Civil Veterinary Department ledger series I-VI
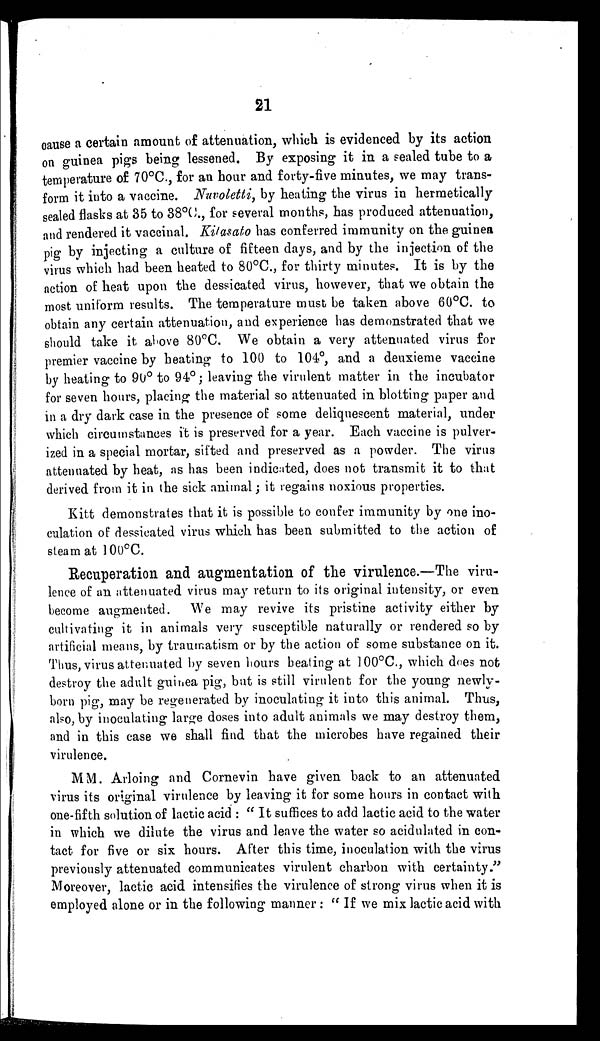
21
cause a certain amount of attenuation, which is evidenced by its action
on guinea pigs being lessened. By exposing it in a sealed tube to a
temperature of 70°C., for an hour and forty-five minutes, we may trans-
form it into a vaccine. Nuvoletti, by heating the virus in hermetically
sealed flasks at 35 to 38°C., for several months, has produced attenuation,
and rendered it vaccinal. Kitasato has conferred immunity on the guinea
pig by injecting a culture of fifteen days, and by the injection of the
virus which had been heated to 80°C., for thirty minutes. It is by the
action of heat upon the dessicated virus, however, that we obtain the
most uniform results. The temperature must be taken above 60°C. to
obtain any certain attenuation, and experience has demonstrated that we
should take it above 80°C. We obtain a very attenuated virus for
premier vaccine by heating to 100 to 104°, and a deuxieme vaccine
by heating to 90° to 94° ; leaving the virulent matter in the incubator
for seven hours, placing the material so attenuated in blotting paper and
in a dry dark case in the presence of some deliquescent material, under
which circumstances it is preserved for a year. Each vaccine is pulver-
ized in a special mortar, sifted and preserved as a powder. The virus
attenuated by heat, as has been indicated, does not transmit it to that
derived from it in the sick animal ; it regains noxious properties.
Kitt demonstrates that it is possible to confer immunity by one ino-
culation of dessicated virus which has been submitted to the action of
steam at 100°C.
Recuperation and augmentation of the virulence.—The viru-
lence of an attenuated virus may return to its original intensity, or even
become augmented. We may revive its pristine activity either by
cultivating it in animals very susceptible naturally or rendered so by
artificial means, by traumatism or by the action of some substance on it.
Thus, virus attenuated by seven hours beating at 100°C., which does not
destroy the adult guinea pig, but is still virulent for the young newly-
born pig, may be regenerated by inoculating it into this animal. Thus,
also, by inoculating large doses into adult animals we may destroy them,
and in this case we shall find that the microbes have regained their
virulence.
MM. Arloing and Cornevin have given back to an attenuated
virus its original virulence by leaving it for some hours in contact with
one-fifth solution of lactic acid: " It suffices to add lactic acid to the water
in which we dilute the virus and leave the water so acidulated in con-
tact for five or six hours. After this time, inoculation with the virus
previously attenuated communicates virulent charbon with certainty. "
Moreover, lactic acid intensifies the virulence of strong virus when it is
employed alone or in the following manner: " If we mix lactic acid with